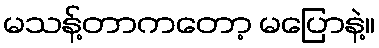
မသန့်တာကတော့ မပြောနဲ့။